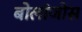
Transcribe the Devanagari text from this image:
बोलांजोस